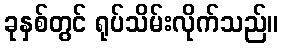
ခုနှစ်တွင် ရုပ်သိမ်းလိုက်သည်။